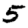
Digit: 5